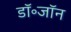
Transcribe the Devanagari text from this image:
डॉ॰जॉन